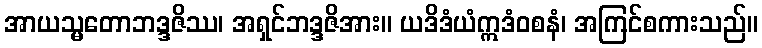
အာယသ္မတောဘဒ္ဒဇိဿ၊ အရှင်ဘဒ္ဒဇိအား။ ယဒိဒံယံဣဒံဝစနံ၊ အကြင်စကားသည်။